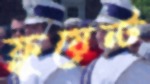
ফ্লুয়েন্ট